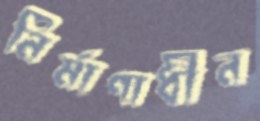
নির্মাণাধীন